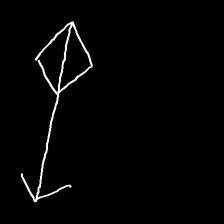
Glyph: focus